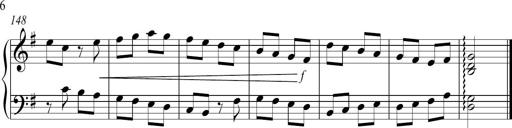
Title: Sonatina no. 2
Composer: Brian Henderson-Sellers
Key: G major